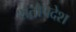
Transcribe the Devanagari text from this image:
शतोपदेश